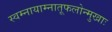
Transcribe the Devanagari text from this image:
स्वम्नायाम्नातूफलोन्मुखाः